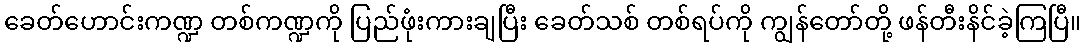
ခေတ်ဟောင်းကဏ္ဍ တစ်ကဏ္ဍကို ပြည်ဖုံးကားချပြီး ခေတ်သစ် တစ်ရပ်ကို ကျွန်တော်တို့ ဖန်တီးနိင်ခဲ့ကြပြီ။